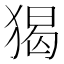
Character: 猲